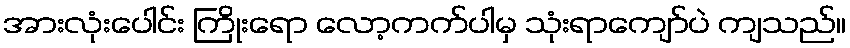
အားလုံးပေါင်း ကြိုးရော လော့ကက်ပါမှ သုံးရာကျော်ပဲ ကျသည်။